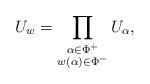
LaTeX: \begin{align*}U_w = \prod_{\substack{\alpha \in \Phi^{+} \\ w(\alpha) \in \Phi^{-}}}U_{\alpha},\end{align*}